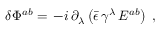
\delta \Phi ^ { a b } = \, - i \, \partial _ { \lambda } \left( \bar { \epsilon } \, \gamma ^ { \lambda } \, E ^ { a b } \right) \; ,